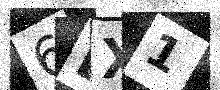
Text: 6DX1